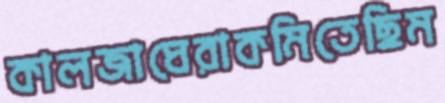
কালজাঘেরাকমিতেছিম